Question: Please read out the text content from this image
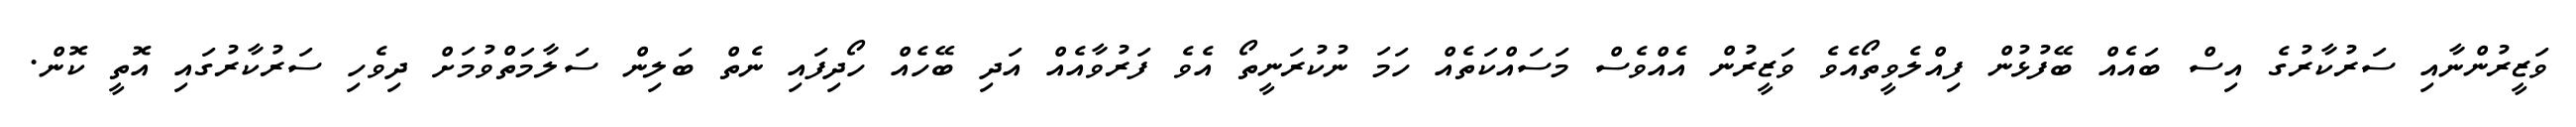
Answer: ވަޒީރުންނާއި ސަރުކާރުގެ އިސް ބައެއް ބޭފުޅުން ފިއްލެވީތޯއެވެ ވަޒީރުން އެއްވެސް މަސައްކަތެއް ހަމަ ނުކުރަނީތޯ އެވެ ފަރުވާއެއް އަދި ބޭހެއް ހޯދިފައި ނެތް ބަލިން ސަލާމަތްވުމަށް ދިވެހި ސަރުކާރުގައި އޮތީ ކޮން.